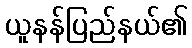
ယူနန်ပြည်နယ်၏